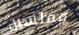
مفلسين